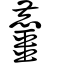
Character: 麠